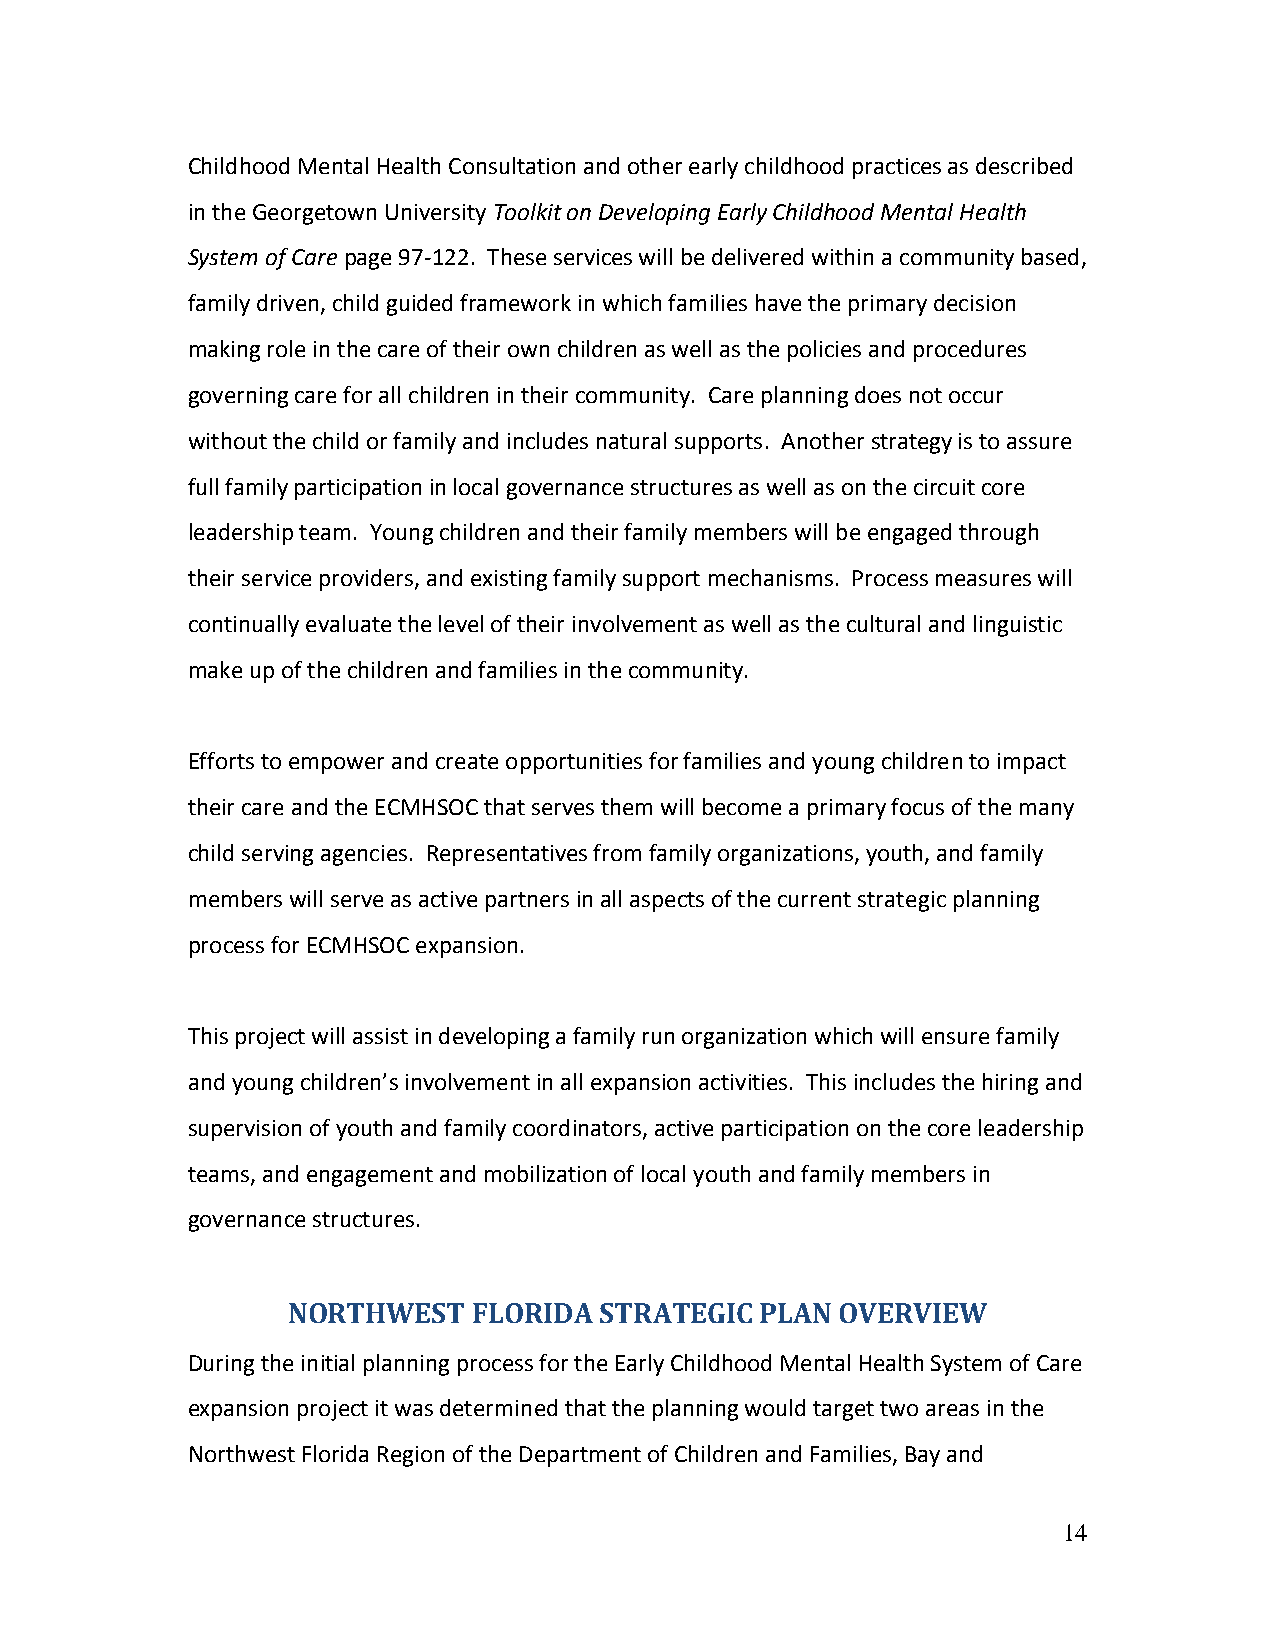
Childhood Mental Health Consultation and other early childhood practices as described
 in the Georgetown University Toolkit on Developing Early Childhood Mental Health
 System of Care page 97-122. These services will be delivered within a community based,
 family driven, child guided framework in which families have the primary decision
 making role in the care of their own children as well as the policies and procedures
 governing care for all children in their community. Care planning does not occur
 without the child or family and includes natural supports. Another strategy is to assure
 full family participation in local governance structures as well as on the circuit core
 leadership team. Young children and their family members will be engaged through
 their service providers, and existing family support mechanisms. Process measures will
 continually evaluate the level of their involvement as well as the cultural and linguistic
 make up of the children and families in the community.
 Efforts to empower and create opportunities for families and young children to impact
 their care and the ECMHSOC that serves them will become a primary focus of the many
 child serving agencies. Representatives from family organizations, youth, and family
 members will serve as active partners in all aspects of the current strategic planning
 process for ECMHSOC expansion.
 This project will assist in developing a family run organization which will ensure family
 and young children’s involvement in all expansion activities. This includes the hiring and
 supervision of youth and family coordinators, active participation on the core leadership
 teams, and engagement and mobilization of local youth and family members in
 governance structures.
 NORTHWEST   FLORIDA  STRATEGIC PLAN  OVERVIEW
 During the initial planning process for the Early Childhood Mental Health System of Care
 expansion project it was determined that the planning would target two areas in the
 Northwest Florida Region of the Department of Children and Families, Bay and
 14